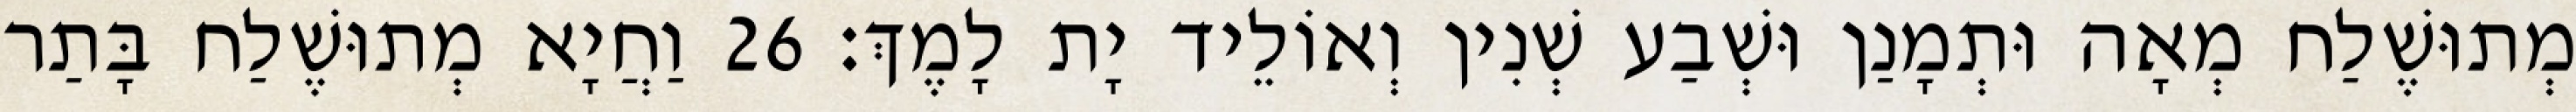
מְתוּשֶׁלַח מְאָה וּתְמָנַן וּשְׁבַע שְׁנִין וְאוֹלֵיד יָת לָמֶךְ׃ 26 וַחֲיָא מְתוּשֶׁלַח בָּתַר